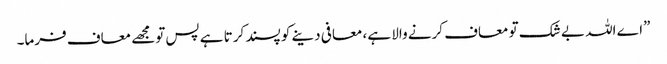
”اے اللہ بے شک تو معاف کرنے والا ہے، معافی دینے کو پسند کرتا ہے پس تومجھے معاف فرما۔